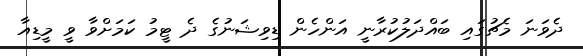
ދެވަނަ މެޗުގައި ބައްދަލުކުރާނީ އަންހެން ޑިވިޝަނުގެ ދެ ޓީމު ކަމަށްވާ ވީ މީޑިއާ